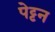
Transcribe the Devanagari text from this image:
पेट्टन